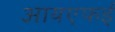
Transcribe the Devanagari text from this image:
आयएफई